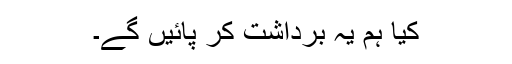
کیا ہم یہ برداشت کر پائیں گے۔